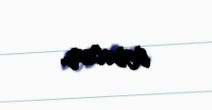
verəcəm.